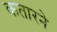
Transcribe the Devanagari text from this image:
कतारने